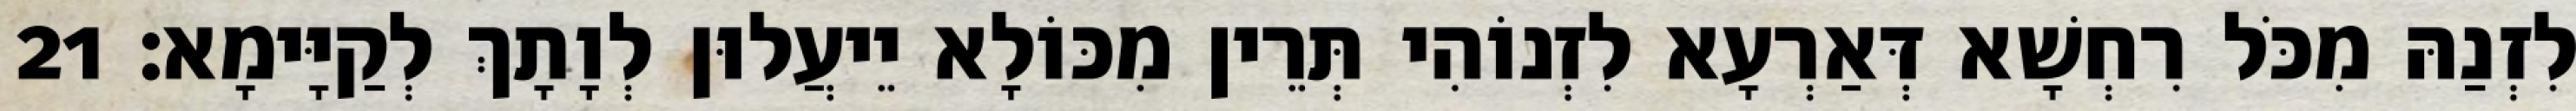
לִזְנַהּ מִכֹּל רִחְשָׁא דְּאַרְעָא לִזְנוֹהִי תְּרֵין מִכּוֹלָא יֵיעֲלוּן לְוָתָךְ לְקַיָּימָא׃ 21